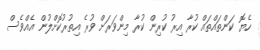
ހެޔޮ ކަންތައްތައް ކުރާ އިރު ކުރިން ކުރާ މިންވަރަށް ވުރެ އިތުރުކޮށްލުން އެއްވެސް